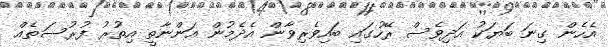
އެހެން ގިނަ ބަޔަކު އަދިވެސް ރޭހުގައި ބައިވެރިވާން އެދެމުން އަންނާތީ އިތުރު ފުރުސަތެއް